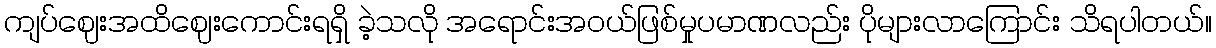
ကျပ်ဈေးအထိဈေးကောင်းရရှိ ခဲ့သလို အရောင်းအဝယ်ဖြစ်မှုပမာဏလည်း ပိုများလာကြောင်း သိရပါတယ်။